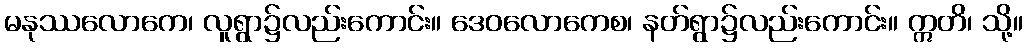
မနုဿလောကေ၊ လူရွာ၌လည်းကောင်း။ ဒေဝလောကေစ၊ နတ်ရွာ၌လည်းကောင်း။ ဣတိ၊ သို့။